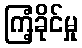
ကြံ့ခိုင်မှု